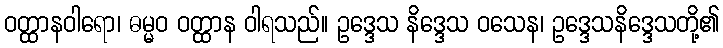
ဝတ္ထာနဝါရော၊ ဓမ္မဝ ဝတ္ထာန ဝါရသည်။ ဥဒ္ဒေသ နိဒ္ဒေသ ဝသေန၊ ဥဒ္ဒေသနိဒ္ဒေသတို့၏